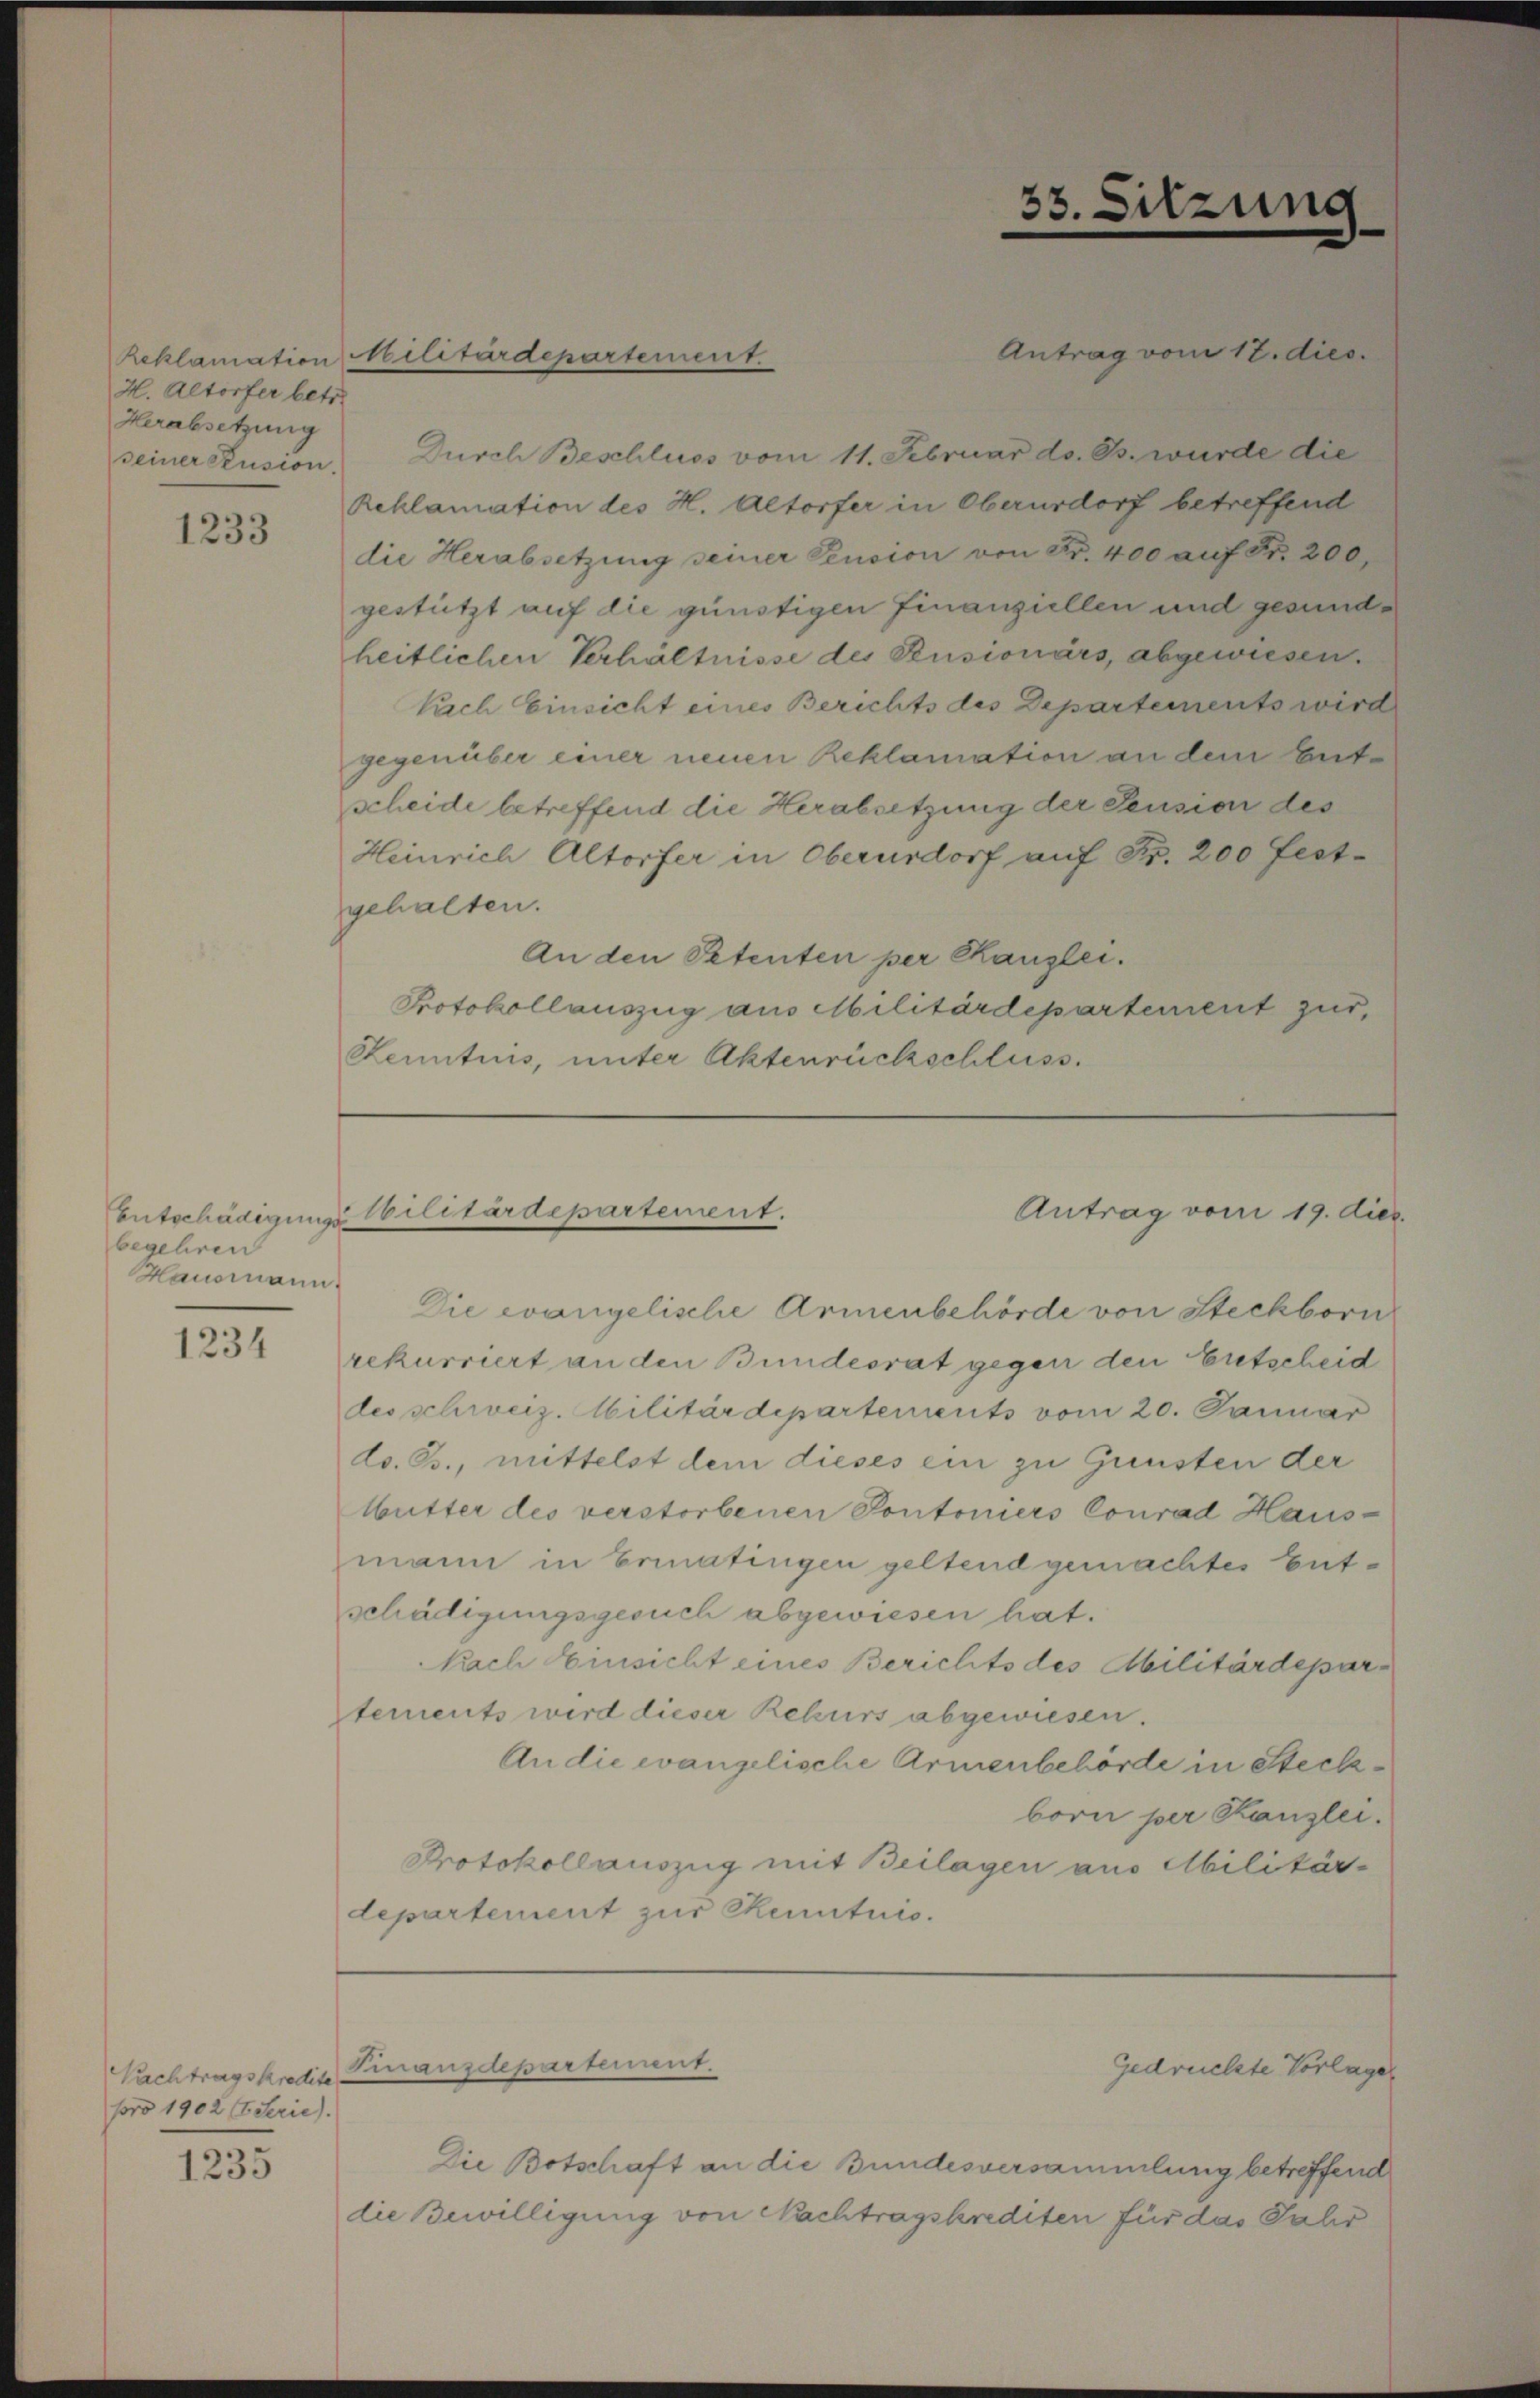
Reklamation
H. Altorfer betr.
Herabsetzung

1233

Centschädigungs
begehren
Hausmann.

1234

Nachtragskredite
pro 1902 (Serie).

1235

Antrag vom 12. dies.
seiner Susion. Durch Beschluss vom 11. Februar d. Js. wurde die
Reklamation des H. Altorfer in Oberurdorf betreffend
die Herabsetzung seiner Pension von Fr. 400 auf S. 200,
gestützt auf die günstigen Finanziellen und gesundheitlichen Verhältnisse des Pensionärs, abgewiesen.
Kach Einsicht eines Berichts des Departements wird
gegenüber einer neuen Reklamation an dem Entscheide betreffend die Herabsetzung der Pension des
Heinrich Altorfer in Oberurdorf auf Fr. 200 festgehalten.
An den Petenten per Kanzlei.
Protokollauszug aus Militärdepartement zur
Kenntnis, unter Aktenrückschluss.

Militärdepartement.

bilitärdepartement.

Die evangelische Armenbehörde von Steckborn
rekurriert an den Bundesrat gegen den Entscheid
des schweiz. Militärdepartements vom 20. Januar
ds. B., mittelst dem dieses ein zu Gunsten der
Mutter des verstorbenen Pontoniers Conrad Hausmann in Ermatingen geltend gemachtes Entschädigungsgesuch abgewiesen hat.
Nach Einsicht eines Berichts des Militärdepartements wird dieser Rekurs abgewiesen.
An die evangelische Armenbehörde in Steckborn per Kanzlei.
Protokollauszug mit Beilagen aus Militär-
departement zur Kenntnis.
Finanzdepartement.
Gedruckte Vorlage
Die Botschaft an die Bundesversammlung betreffend
die Bewilligung von Nachtragskrediten für das Jahr

33. Sitzung

Antrag vom 19. dies